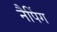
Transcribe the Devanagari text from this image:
नैपिंग